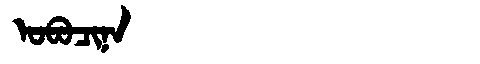
Manchu: ᠣᠪᠣᠴᡳᠨᠠ
Romanization: OBOCINA